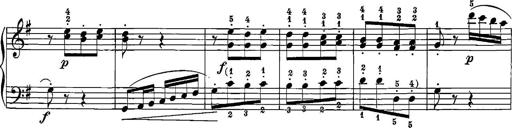
Title: 12 Sonatinas
Composer: Ignaz Pleyel